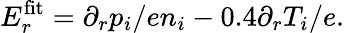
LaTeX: E_{r}^{\mathrm{fit}}=\partial_{r}p_{i}/en_{i}-0.4\partial_{r}T_{i}/e.